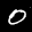
Label: 0